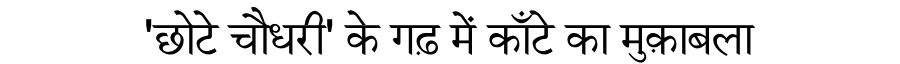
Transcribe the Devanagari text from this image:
'छोटे चौधरी' के गढ़ में काँटे का मुक़ाबला